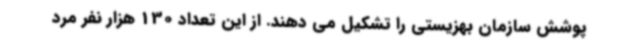
پوشش سازمان بهزیستی را تشکیل می دهند. از این تعداد 130 هزار نفر مرد